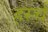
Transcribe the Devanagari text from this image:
हर्स्च